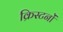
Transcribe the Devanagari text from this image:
क्रिस्टनों